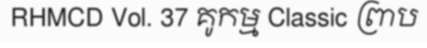
RHMCD Vol. 37 គូកម្ម Classic ព្រាប